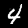
Label: 4